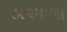
હા૨માળા